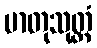
မာတုသုတ္တံ